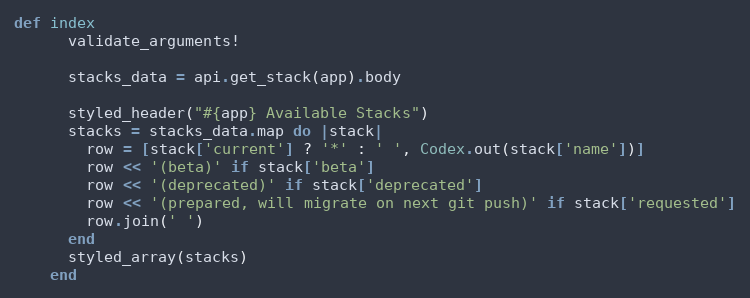
Language: Ruby
def index
      validate_arguments!

      stacks_data = api.get_stack(app).body

      styled_header("#{app} Available Stacks")
      stacks = stacks_data.map do |stack|
        row = [stack['current'] ? '*' : ' ', Codex.out(stack['name'])]
        row << '(beta)' if stack['beta']
        row << '(deprecated)' if stack['deprecated']
        row << '(prepared, will migrate on next git push)' if stack['requested']
        row.join(' ')
      end
      styled_array(stacks)
    end